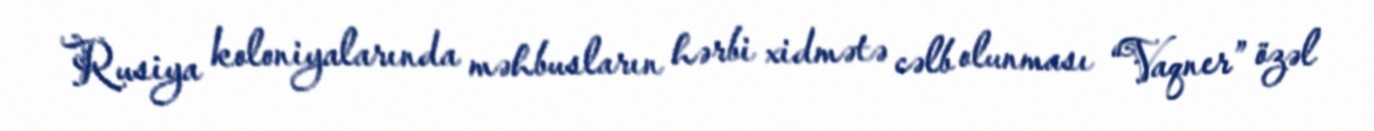
Rusiya koloniyalarında məhbusların hərbi xidmətə cəlb olunması “Vaqner” özəl